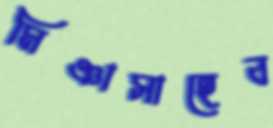
মিঞাসাহেব